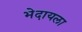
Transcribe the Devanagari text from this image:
भेदायला